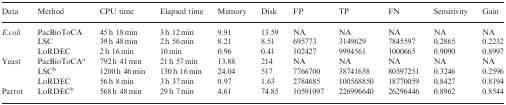
<table><thead><tr><td><b>Data</b></td><td><b>Method</b></td><td><b>CPU time</b></td><td><b>Elapsed time</b></td><td><b>Memory</b></td><td><b>Disk</b></td><td><b>FP</b></td><td><b>TP</b></td><td><b>FN</b></td><td><b>Sensitivity</b></td><td><b>Gain</b></td></tr></thead><tbody><tr><td rowspan="3"><i>E.coli</i></td><td>PacBioToCA</td><td>45 h 18 min</td><td>3 h 12 min</td><td>9.91</td><td>13.59</td><td>NA</td><td>NA</td><td>NA</td><td>NA</td><td>NA</td></tr><tr><td>LSC</td><td>39 h 48 min</td><td>2 h 56 min</td><td>8.21</td><td>8.51</td><td>695773</td><td>3149629</td><td>7845597</td><td>0.2865</td><td>0.2232</td></tr><tr><td>LoRDEC</td><td>2 h 16 min</td><td>10 min</td><td>0.96</td><td>0.41</td><td>102427</td><td>9994561</td><td>1000665</td><td>0.9090</td><td>0.8997</td></tr><tr><td rowspan="3">Yeast</td><td>PacBioToCA<sup>a</sup></td><td>792 h 41 min</td><td>21 h 57 min</td><td>13.88</td><td>214</td><td>NA</td><td>NA</td><td>NA</td><td>NA</td><td>NA</td></tr><tr><td>LSC<sup>b</sup></td><td>1200 h 46 min</td><td>130 h 16 min</td><td>24.04</td><td>517</td><td>7766700</td><td>38741658</td><td>80597251</td><td>0.3246</td><td>0.2596</td></tr><tr><td>LoRDEC</td><td>56 h 8 min</td><td>3 h 37 min</td><td>0.97</td><td>1.63</td><td>2784685</td><td>100568850</td><td>18770059</td><td>0.8427</td><td>0.8194</td></tr><tr><td>Parrot</td><td>LoRDEC<sup>b</sup></td><td>568 h 48 min</td><td>29 h 7 min</td><td>4.61</td><td>74.85</td><td>10591097</td><td>226996640</td><td>26296446</td><td>0.8962</td><td>0.8544</td></tr></tbody></table>